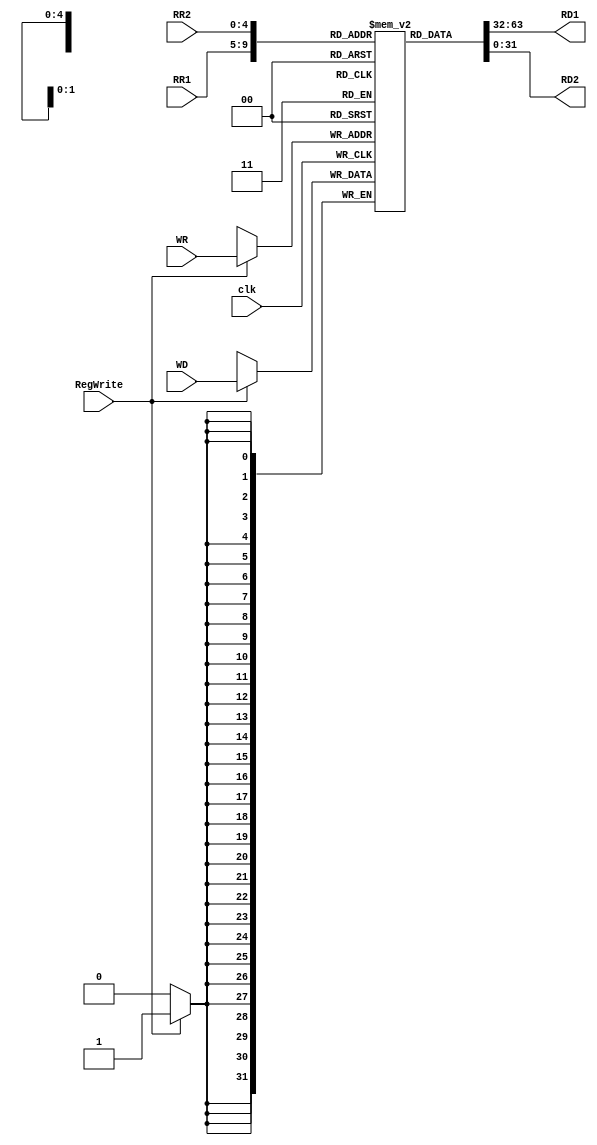

module Reg_File ( RR1 , RR2 , WR , WD , RegWrite , clk , RD1 , RD2); 

input [4:0] RR1 , RR2 , WR ; // Addresses :)
input [31:0] WD ; // WriteData
input RegWrite ,clk ;  // Control
output reg [31:0] RD1,RD2 ; // ReadData
reg [31:0] RF [0:31];

always @(RR1 or RR2)
begin
RD1 <= RF[RR1];
RD2 <= RF[RR2];
end

always @(negedge clk)
begin

if(RegWrite)
RF[WR] <= WD;

end
endmodule